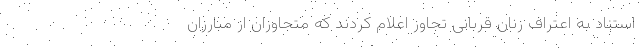
استناد به اعتراف زنان قربانی تجاوز اعلام کردند که متجاوزان از مبارزان